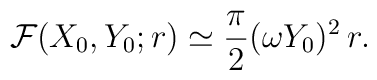
{\cal F} (X_0, Y_0; r) \simeq \frac{\pi}{2} (\omega Y_0)^2 \, r .